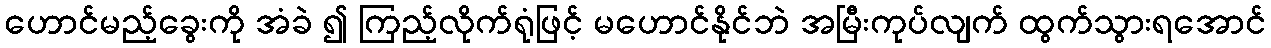
ဟောင်မည့်ခွေးကို အံခဲ ၍ ကြည့်လိုက်ရုံဖြင့် မဟောင်နိုင်ဘဲ အမြီးကုပ်လျက် ထွက်သွားရအောင်